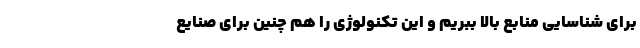
برای شناسایی منابع بالا ببریم و این تکنولوژی را هم چنین برای صنایع